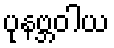
ပုနဗ္ဘဝါယ